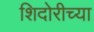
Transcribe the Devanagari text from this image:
शिदोरीच्या